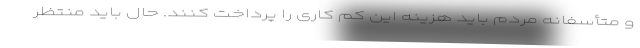
و متأسفانه مردم باید هزینه این کم کاری را پرداخت کنند. حال باید منتظر